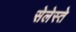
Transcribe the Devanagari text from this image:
सेलेस्ते